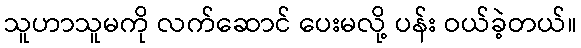
သူဟာသူမကို လက်ဆောင် ပေးမလို့ ပန်း ဝယ်ခဲ့တယ်။